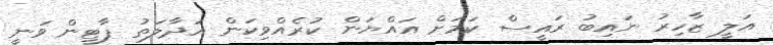
އަލީ ޒާހިރު ނައިބު ރައީސް ކަމަށް އައްޔަން ކުރެއްވިކަން އަދާލަތު ޕާޓީން ވަނީ